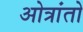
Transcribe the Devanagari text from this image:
ओत्रांतो